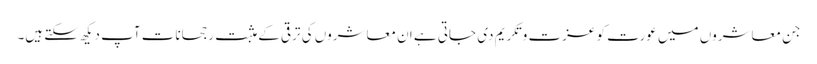
جن معاشروں میں عورت کو عزت و تکریم دی جاتی ہے ان معاشروں کی ترقی کے مثبت رجحانات آپ دیکھ سکتے ہیں۔